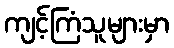
ကျင့်ကြံသူများမှာ